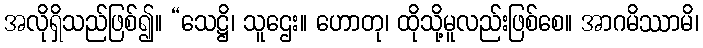
အလိုရှိသည်ဖြစ်၍။ “သေဋ္ဌိ၊ သူဌေး။ ဟောတု၊ ထိုသို့မူလည်းဖြစ်စေ။ အာဂမိဿာမိ၊